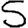
Digit: 5